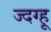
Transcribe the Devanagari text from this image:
ज्दग्हू